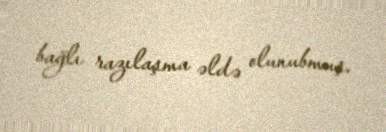
bağlı razılaşma əldə olunubmuş.